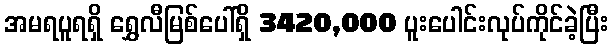
အမရပူရရှိ ရွှေလီမြစ်ပေါ်ရှိ 3420,000 ပူးပေါင်းလုပ်ကိုင်ခဲ့ပြီး